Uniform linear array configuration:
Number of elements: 12
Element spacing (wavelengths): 1
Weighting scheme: hamming
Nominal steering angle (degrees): -45
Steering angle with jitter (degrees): -43.619
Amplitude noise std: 0.05
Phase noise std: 0.05

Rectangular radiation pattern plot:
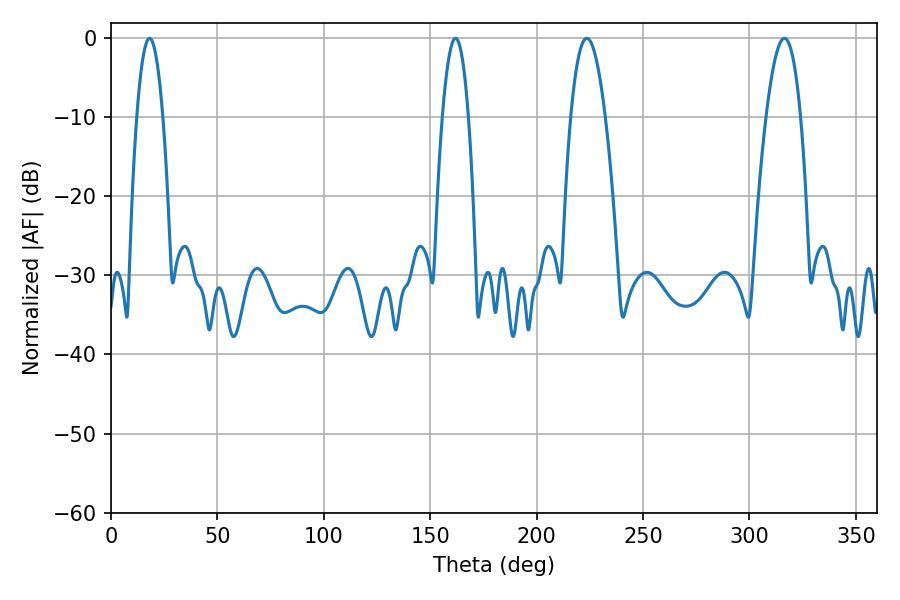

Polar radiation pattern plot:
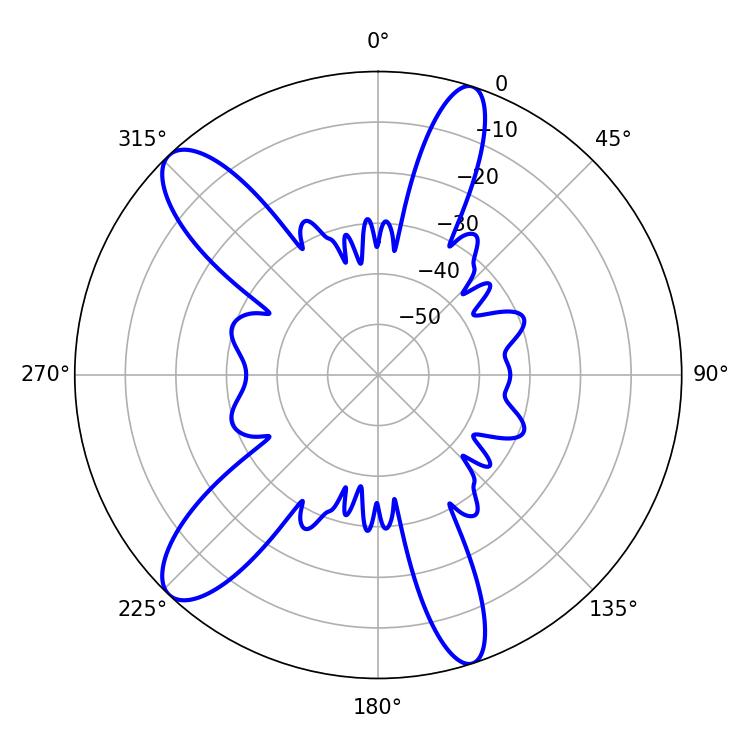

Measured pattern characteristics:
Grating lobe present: TRUE
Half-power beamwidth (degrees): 9
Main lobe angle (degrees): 223.56